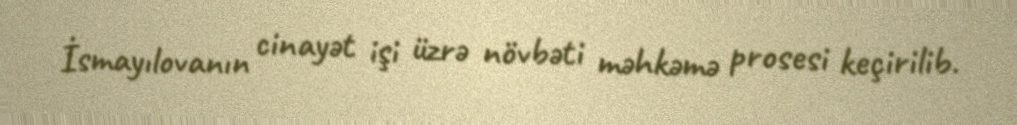
İsmayılovanın cinayət işi üzrə növbəti məhkəmə prosesi keçirilib.